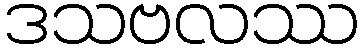
ဒသဗလဿ